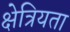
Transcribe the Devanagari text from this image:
क्षेत्रियता